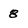
Character: 8